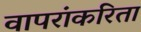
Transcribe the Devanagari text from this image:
वापरांकरिता